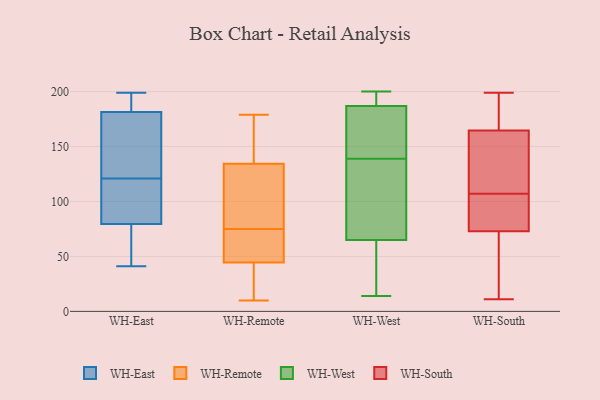
{"axis": {"x": "Shipments", "y": "Value"}, "legend": ["WH-East", "WH-Remote", "WH-South", "WH-West"], "data": [{"x": "", "y": 41, "type": "WH-East"}, {"x": "", "y": 109, "type": "WH-East"}, {"x": "", "y": 53, "type": "WH-East"}, {"x": "", "y": 41, "type": "WH-East"}, {"x": "", "y": 196, "type": "WH-East"}, {"x": "", "y": 87, "type": "WH-East"}, {"x": "", "y": 160, "type": "WH-East"}, {"x": "", "y": 111, "type": "WH-East"}, {"x": "", "y": 180, "type": "WH-East"}, {"x": "", "y": 77, "type": "WH-East"}, {"x": "", "y": 108, "type": "WH-East"}, {"x": "", "y": 138, "type": "WH-East"}, {"x": "", "y": 178, "type": "WH-East"}, {"x": "", "y": 189, "type": "WH-East"}, {"x": "", "y": 199, "type": "WH-East"}, {"x": "", "y": 63, "type": "WH-East"}, {"x": "", "y": 182, "type": "WH-East"}, {"x": "", "y": 194, "type": "WH-East"}, {"x": "", "y": 121, "type": "WH-East"}, {"x": "", "y": 10, "type": "WH-Remote"}, {"x": "", "y": 143, "type": "WH-Remote"}, {"x": "", "y": 81, "type": "WH-Remote"}, {"x": "", "y": 75, "type": "WH-Remote"}, {"x": "", "y": 10, "type": "WH-Remote"}, {"x": "", "y": 135, "type": "WH-Remote"}, {"x": "", "y": 70, "type": "WH-Remote"}, {"x": "", "y": 51, "type": "WH-Remote"}, {"x": "", "y": 70, "type": "WH-Remote"}, {"x": "", "y": 134, "type": "WH-Remote"}, {"x": "", "y": 125, "type": "WH-Remote"}, {"x": "", "y": 179, "type": "WH-Remote"}, {"x": "", "y": 25, "type": "WH-Remote"}, {"x": "", "y": 37, "type": "WH-West"}, {"x": "", "y": 76, "type": "WH-West"}, {"x": "", "y": 159, "type": "WH-West"}, {"x": "", "y": 65, "type": "WH-West"}, {"x": "", "y": 148, "type": "WH-West"}, {"x": "", "y": 148, "type": "WH-West"}, {"x": "", "y": 199, "type": "WH-West"}, {"x": "", "y": 105, "type": "WH-West"}, {"x": "", "y": 187, "type": "WH-West"}, {"x": "", "y": 194, "type": "WH-West"}, {"x": "", "y": 14, "type": "WH-West"}, {"x": "", "y": 200, "type": "WH-West"}, {"x": "", "y": 18, "type": "WH-West"}, {"x": "", "y": 130, "type": "WH-West"}, {"x": "", "y": 199, "type": "WH-South"}, {"x": "", "y": 157, "type": "WH-South"}, {"x": "", "y": 11, "type": "WH-South"}, {"x": "", "y": 143, "type": "WH-South"}, {"x": "", "y": 83, "type": "WH-South"}, {"x": "", "y": 164, "type": "WH-South"}, {"x": "", "y": 129, "type": "WH-South"}, {"x": "", "y": 170, "type": "WH-South"}, {"x": "", "y": 46, "type": "WH-South"}, {"x": "", "y": 111, "type": "WH-South"}, {"x": "", "y": 70, "type": "WH-South"}, {"x": "", "y": 93, "type": "WH-South"}, {"x": "", "y": 58, "type": "WH-South"}, {"x": "", "y": 184, "type": "WH-South"}, {"x": "", "y": 186, "type": "WH-South"}, {"x": "", "y": 165, "type": "WH-South"}, {"x": "", "y": 97, "type": "WH-South"}, {"x": "", "y": 76, "type": "WH-South"}, {"x": "", "y": 103, "type": "WH-South"}, {"x": "", "y": 23, "type": "WH-South"}]}